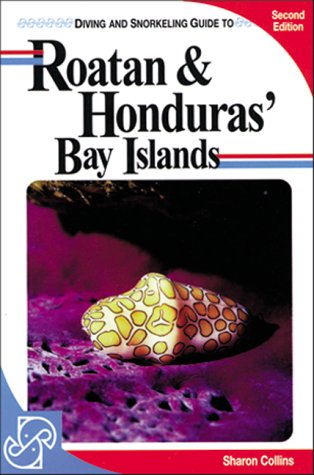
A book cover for Diving and Snorkeling Guide to Roatan & Honduras' Bay Islands (2nd ed); Sharon Collins; Travel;